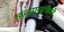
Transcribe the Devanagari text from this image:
खळग्यांपैकी